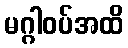
မဂ္ဂါဝပ်အထိ